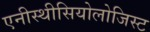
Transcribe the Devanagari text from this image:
एनीस्थीसियोलोजिस्ट